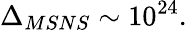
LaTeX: \Delta_{MSNS}\sim 10^{24}.